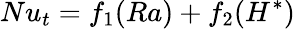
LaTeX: Nu_{t}=f_{1}(Ra)+f_{2}(H^{*})